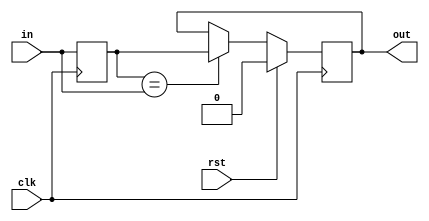
//
// Copyright 2011 Ettus Research LLC
//
// This program is free software: you can redistribute it and/or modify
// it under the terms of the GNU General Public License as published by
// the Free Software Foundation, either version 3 of the License, or
// (at your option) any later version.
//
// This program is distributed in the hope that it will be useful,
// but WITHOUT ANY WARRANTY; without even the implied warranty of
// MERCHANTABILITY or FITNESS FOR A PARTICULAR PURPOSE.  See the
// GNU General Public License for more details.
//
// You should have received a copy of the GNU General Public License
// along with this program.  If not, see <http://www.gnu.org/licenses/>.
//

module cross_clock_reader
    #(
        parameter WIDTH = 1,
        parameter DEFAULT = 0
    )
    (
        input clk, input rst,
        input [WIDTH-1:0] in,
        output reg [WIDTH-1:0] out
    );

    reg [WIDTH-1:0] shadow;

    always @(posedge clk) begin
        if (rst) begin
            out <= DEFAULT;
            shadow <= DEFAULT;
        end
        else if (shadow == in) begin
            out <= shadow;
        end
        shadow <= in;
    end

endmodule //cross_clock_reader